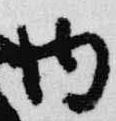
内